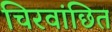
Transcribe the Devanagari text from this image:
चिरवांछित